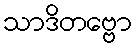
သာဒိတဗ္ဗော